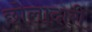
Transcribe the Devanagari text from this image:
छोलादारी